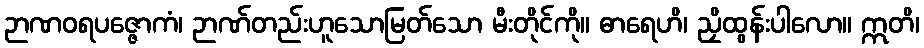
ဉာဏဝရပဇ္ဇောကံ၊ ဉာဏ်တည်းဟူသောမြတ်သော မီးတိုင်ကို။ ဓာရေဟိ၊ ညှိထွန်းပါလော။ ဣတိ၊